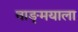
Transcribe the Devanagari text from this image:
वाङ्‌मयाला